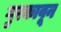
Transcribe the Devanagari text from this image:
गुरकावून